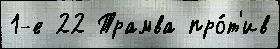
1-е 22 Трамва про́т'ив